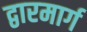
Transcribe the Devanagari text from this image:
द्वारमार्ग